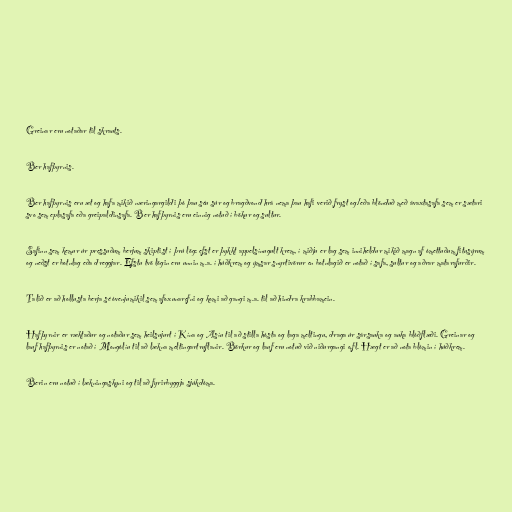
Greinar eru notaðar til skrauts.

Ber hafþyrnis.

Ber hafþyrnis eru æt og hafa mikið næringargildi þó þau séu súr og bragðvond hrá nema þau hafi verið fryst og/eða blönduð með ávaxtasafa sem er sætari
svo sem eplasafa eða greipaldinsafa. Ber hafþyrnis eru einnig notuð í bökur og sultur.

Safinn sem kemur úr pressuðum berjum skiptist í þrú lög: efst er þykkt appelsínugult krem, í miðju er lag sem inniheldur mikið magn af ómettuðum fitusýrum
og neðst er botnlag eða dreggjar. Efstu tvö lögin eru unnin m.a. í húðkrem og ýmsar snyrtivörur en botnlagið er notað í safa, sultur og aðrar matarafurðir.

Talið er að hollusta berja sé óvenjumikil sem afoxunarefni og komi að gangi m.a. til að hindra krabbamein.

Hafþyrnir er ræktaður og notaður sem heilsujurt í Kína og Asíu til að stilla hósta og laga meltingu, draga úr sársauka og auka blóðflæði. Greinar og
lauf hafþyrnis er notað í Mongólíu til að lækna meltingartruflanir. Börkur og lauf eru notuð við niðurgangi o.fl. Hægt er að nota blómin í húðkrem.

Berin eru notuð í lækningaskyni og til að fyrirbyggja sjúkdóma.